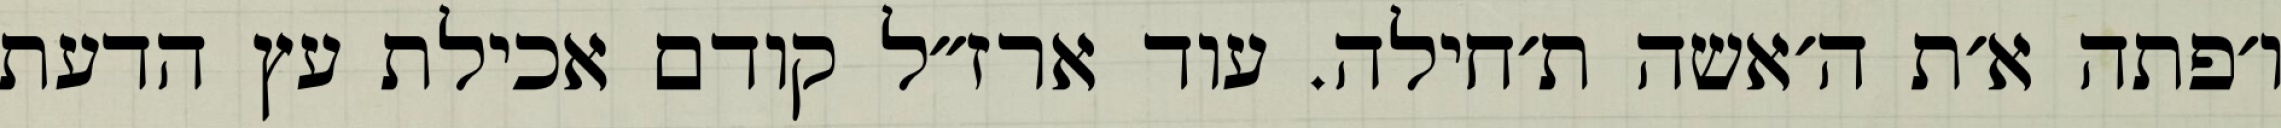
ו׳פתה א׳ת ה׳אשה ת׳חילה. עוד ארז״ל קודם אכילת עץ הדעת